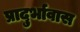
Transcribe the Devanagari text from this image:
प्रादुर्भावास